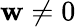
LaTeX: \mathbf{w}\neq0